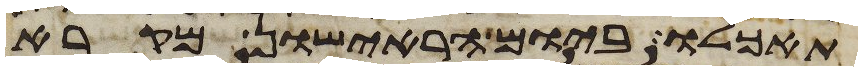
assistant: תאכלו ביום הראישון מקרא